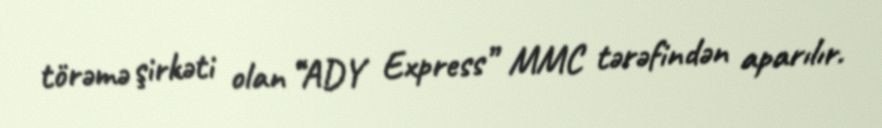
törəmə şirkəti olan “ADY Express” MMC tərəfindən aparılır.